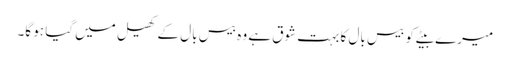
میرے بیٹے کو بیس بال کا بہت شوق ہے وہ بیس بال کے کھیل میں گیا ہو گا۔